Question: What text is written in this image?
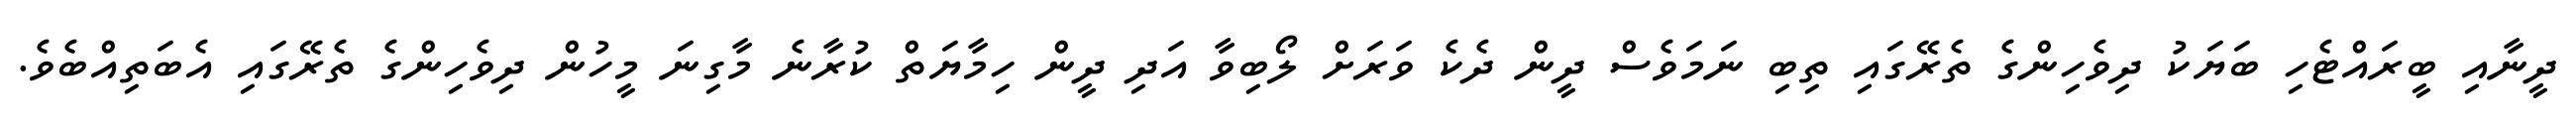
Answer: ދީނާއި ބީރައްޓެހި ބަޔަކު ދިވެހިންގެ ތެރޭގައި ތިބި ނަމަވެސް ދީން ދެކެ ވަރަށް ލޯބިވާ އަދި ދީން ހިމާޔަތް ކުރާނެ މާގިނަ މީހުން ދިވެހިންގެ ތެރޭގައި އެބަތިއްބެވެ.